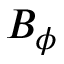
B _ { \phi }